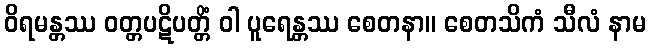
ဝိရမန္တဿ ဝတ္တပဋိပတ္တိံ ဝါ ပူရေန္တဿ စေတနာ။ စေတသိကံ သီလံ နာမ